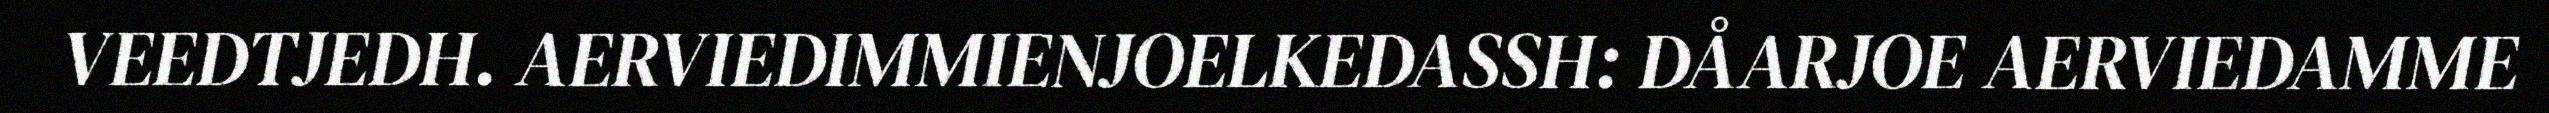
VEEDTJEDH. AERVIEDIMMIENJOELKEDASSH: DÅARJOE AERVIEDAMME